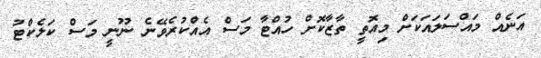
އަނެއް މައްސަލައަކަށް މިއޮތީ ތާޒާކޮށް ހުއްޓާ މަސް އެއްކުރެވޭނެ ނޫނީ މަސް ކަލެކްޓު